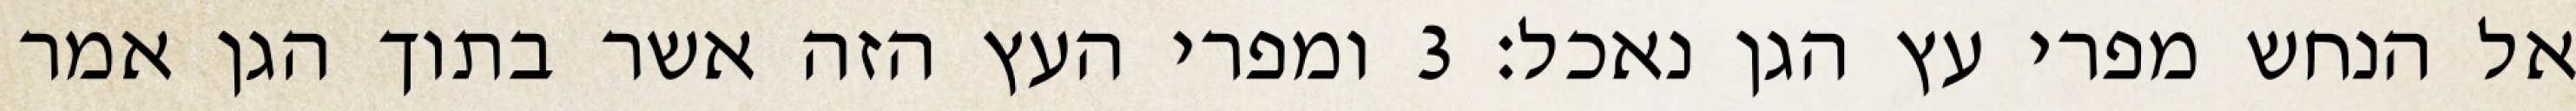
אל הנחש מפרי עץ הגן נאכל׃ ‎3‏ ומפרי העץ הזה אשר בתוך הגן אמר